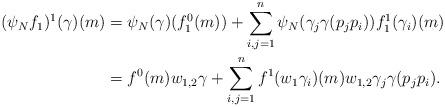
LaTeX: \begin{align*}(\psi_Nf_1)^1(\gamma)(m) &= \psi_N(\gamma)(f^0_1(m)) + \sum_{i,j=1}^{n} \psi_N(\gamma_j\gamma(p_jp_i)) f^1_1(\gamma_i)(m)\\ &= f^0(m) w_{1,2} \gamma + \sum_{i,j=1}^{n} f^1(w_1\gamma_i)(m) w_{1,2} \gamma_j\gamma(p_jp_i).\end{align*}